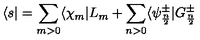
\langle s | = \sum _ { m > 0 } \langle \chi _ { m } | L _ { m } + \sum _ { n > 0 } \langle \psi _ { \frac { n } { 2 } } ^ { \pm } | G _ { \frac { n } { 2 } } ^ { \pm }